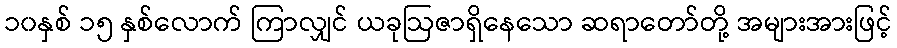
၁၀နှစ် ၁၅ နှစ်လောက် ကြာလျှင် ယခုဩဇာရှိနေသော ဆရာတော်တို့ အများအားဖြင့်